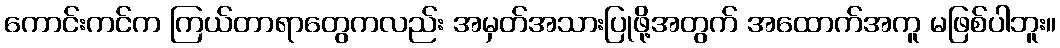
ကောင်းကင်က ကြယ်တာရာတွေကလည်း အမှတ်အသားပြုဖို့အတွက် အထောက်အကူ မဖြစ်ပါဘူး။